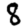
Digit: 8